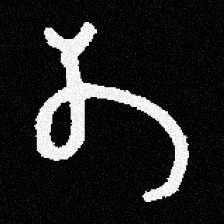
Pyu character \u2014 Myanmar letter: တ (romanized: ta)